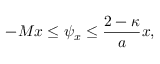
- M x \leq \psi _ { x } \leq \frac { 2 - \kappa } { a } x ,